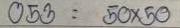
053 = 50x50